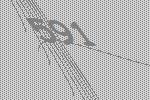
591